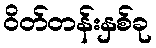
ဝိတ်တန်းနှစ်ခု